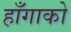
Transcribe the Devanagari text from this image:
हाँगाको